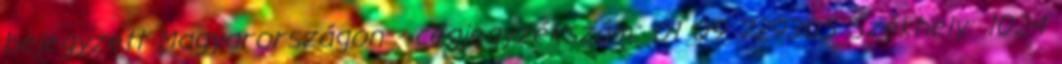
bejegyzett Magyarországon - cégjegyzékszám: 01 09 729305 Székhely: 1024